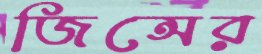
জিন্সের